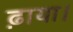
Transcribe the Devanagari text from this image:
ढ़ाया।